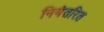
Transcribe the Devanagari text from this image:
नियंतरित